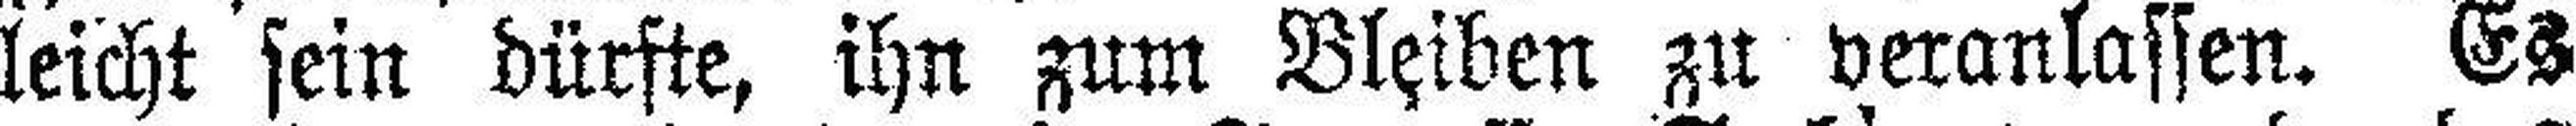
leicht sein dürfte, ihn zum Bleiben zu veranlassen. Es